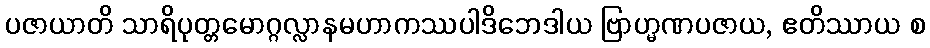
ပဇာယာတိ သာရိပုတ္တမောဂ္ဂလ္လာနမဟာကဿပါဒိဘေဒါယ ဗြာဟ္မဏပဇာယ, ဧတိဿာယ စ